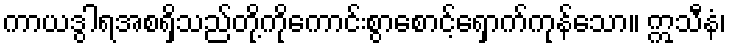
ကာယဒွါရအစရှိသည်တို့ကိုကောင်းစွာစောင့်ရှောက်ကုန်သော။ ဣသီနံ၊